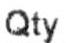
QTY